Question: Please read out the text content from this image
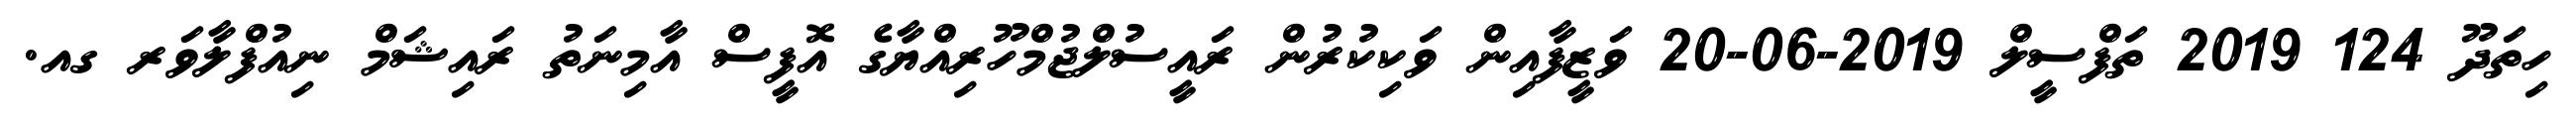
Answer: ހިތަދޫ 124 2019 ތަފްސީލް 2019-06-20 ވަޒީފާއިން ވަކިކުރުން ރައީސުލްޖުމްހޫރިއްޔާގެ އޮފީސް އާމިނަތު ރައިޝަމް ނިއުފްލާވަރ ގއ.